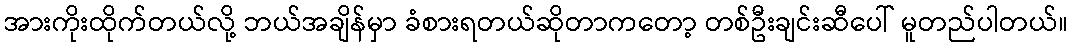
အားကိုးထိုက်တယ်လို့ ဘယ်အချိန်မှာ ခံစားရတယ်ဆိုတာကတော့ တစ်ဦးချင်းဆီပေါ် မူတည်ပါတယ်။